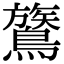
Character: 鷟